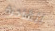
للشاحنة